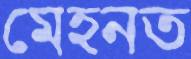
মেহনত